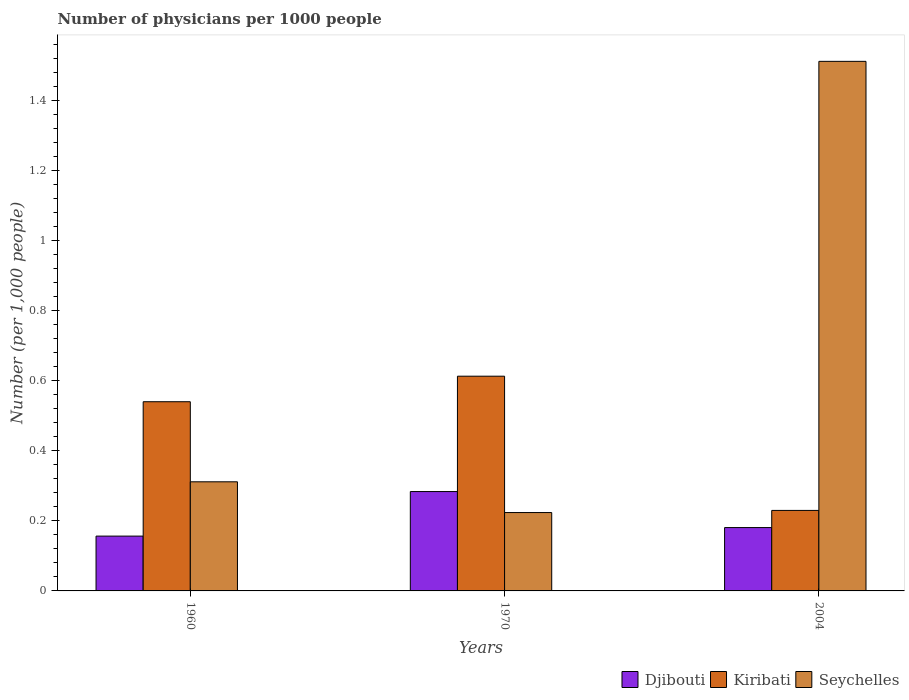
| Years | Djibouti | Kiribati | Seychelles |
 | --- | --- | --- | --- |
 | 1960 | 0.157 | 0.541 | 0.312 |
 | 1970 | 0.284 | 0.613 | 0.224 |
 | 2004 | 0.181 | 0.23 | 1.51 |